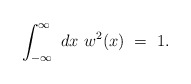
\begin{align*}\int_{-\infty}^{\infty}~dx~w^2(x)~=~1.\end{align*}